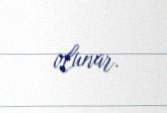
olunar.